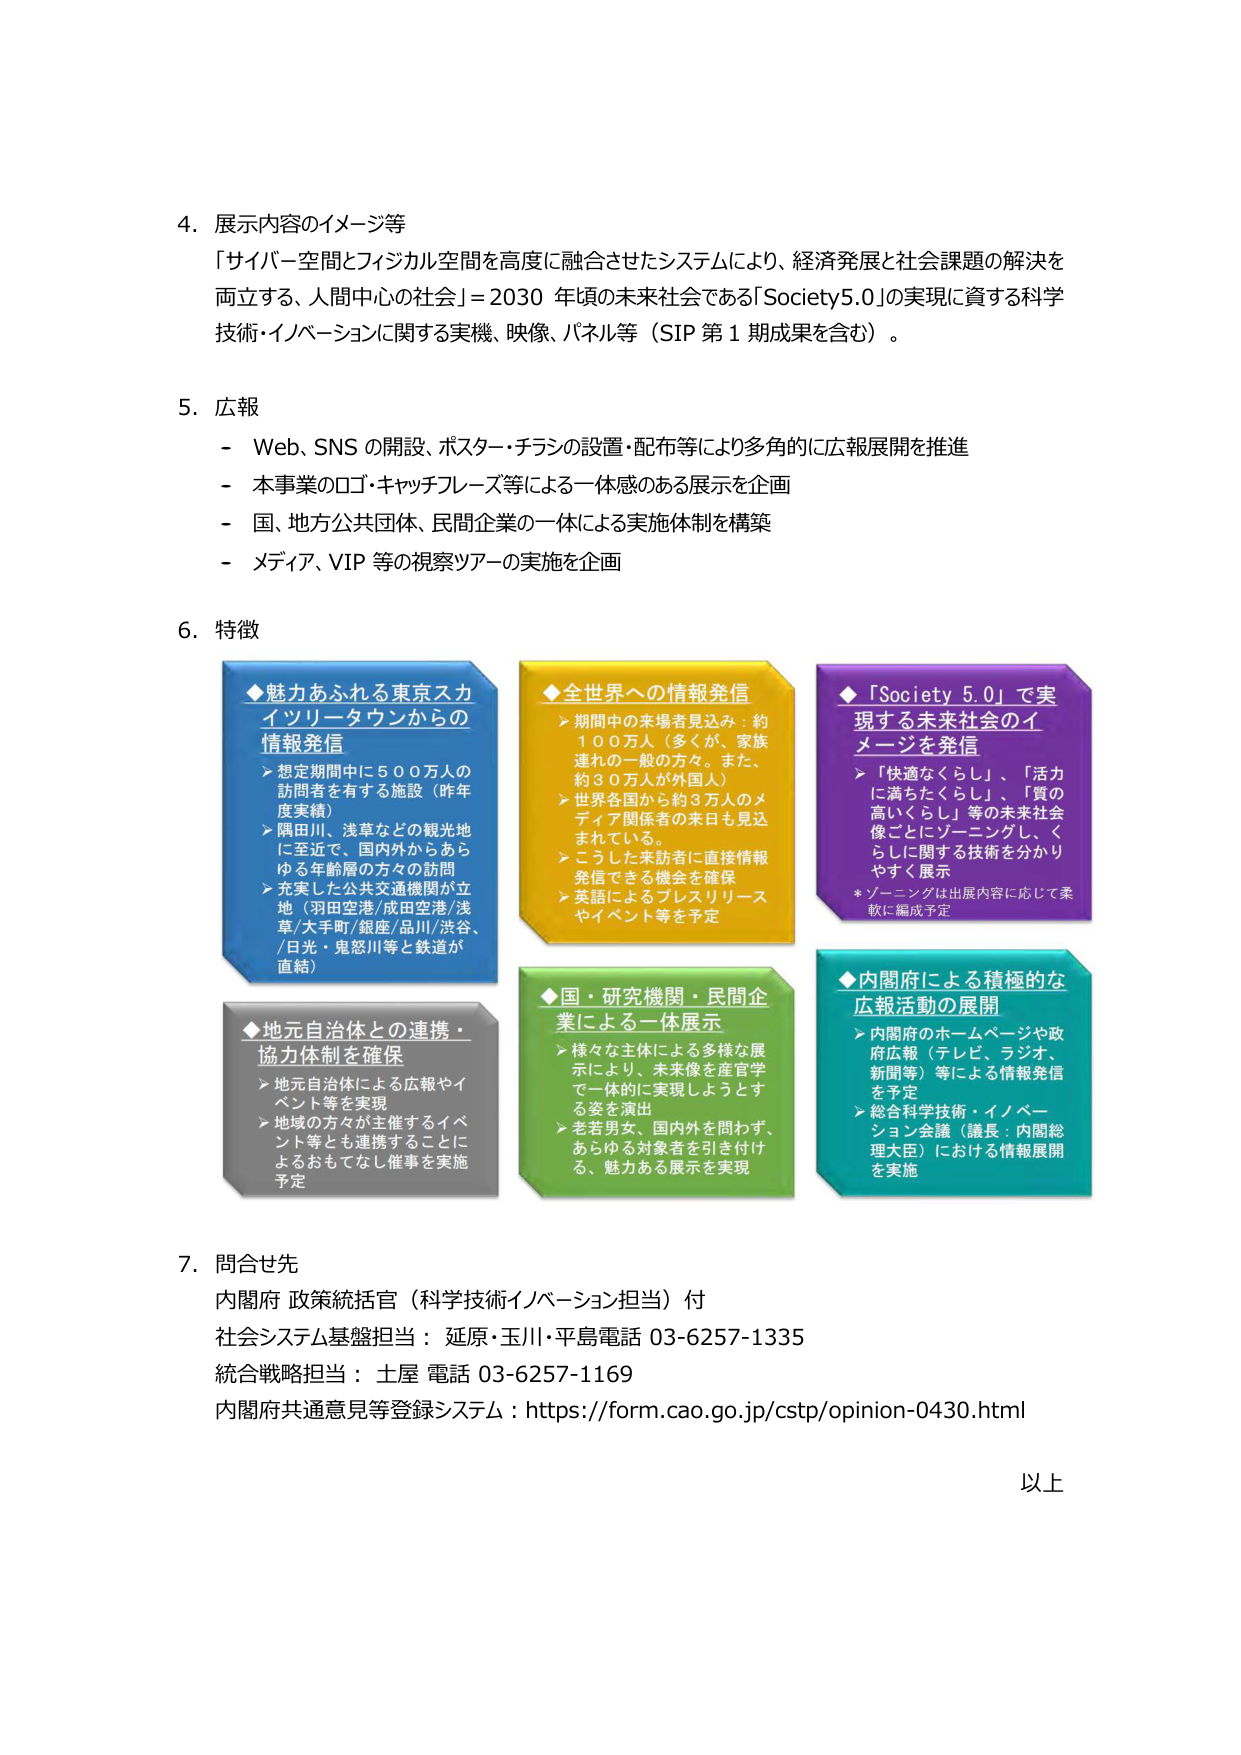
4. 展示内容のイメージ等
「サイバー空間とフィジカル空間を高度に融合させたシステムにより、経済発展と社会課題の解決を両立する、人間中心の社会」＝2030年頃の未来社会である「Society5.0」の実現に資する科学技術・イノベーションに関する実機、映像、パネル等（SIP第1期成果を含む）。

5. 広報
- Web、SNSの開設、ポスター・チラシの設置・配布等により多角的に広報展開を推進
- 本事業のロゴ・キャッチフレーズ等による一体感のある展示を企画
- 国、地方公共団体、民間企業の一体による実施体制を構築
- メディア、VIP等の視察ツアーの実施を企画

6. 特徴
◆魅力あふれる東京スカイツリータウンからの情報発信
➤ 想定期間中に500万人の訪問者を有する施設（昨年度実績）
➤ 隅田川、浅草などの観光地に至近で、国内外からあらゆる年齢層の方々の訪問
➤ 充実した公共交通機関が立地（羽田空港/成田空港/浅草/大手町/銀座/品川/渋谷/日光・鬼怒川等と鉄道が直結）

◆全世界への情報発信
➤ 期間中の来場者見込み：約100万人（多くが、家族連れの一般の方々。また、約30万人が外国人）
➤ 世界各国から約3万人のメディア関係者の来日も見込まれている。
➤ こうした来訪者に直接情報発信できる機会を確保
➤ 英語によるプレスリリースやイベント等を予定

◆「Society 5.0」で実現する未来社会のイメージを発信
➤ 「快適なくらし」、「活力に満ちたくらし」、「質の高いくらし」等の未来社会像ごとにゾーニングし、くらしに関する技術を分かりやすく展示
*ゾーニングは出展内容に応じて柔軟に編成予定

◆地元自治体との連携・協力体制を確保
➤ 地元自治体による広報やイベント等を実現
➤ 地域の方々が主催するイベント等とも連携することによるおもてなし催事を実施予定

◆国・研究機関・民間企業による一体展示
➤ 様々な主体による多様な展示により、未来像を産官学で一体的に実現しようとする姿を演出
➤ 老若男女、国内外を問わず、あらゆる対象者を引き付ける、魅力ある展示を実現

◆内閣府による積極的な広報活動の展開
➤ 内閣府のホームページや政府広報（テレビ、ラジオ、新聞等）等による情報発信を予定
➤ 総合科学技術・イノベーション会議（議長：内閣総理大臣）における情報展開を実施

7. 問合せ先
内閣府 政策統括官（科学技術イノベーション担当）付
社会システム基盤担当：延原・玉川・平島 電話 03-6257-1335
統合戦略担当：土屋 電話 03-6257-1169
内閣府共通意見等登録システム：https://form.cao.go.jp/cstp/opinion-0430.html

以上